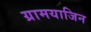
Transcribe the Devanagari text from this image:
ग्रामयाजिन